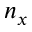
n _ { x }